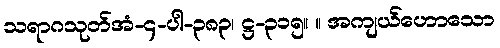
သရာဂသုတ်အံ-၄-ပါ-၃၈၃၊ ဋ္ဌ-၃၁၅။ ။ အကျယ်ဟောသော